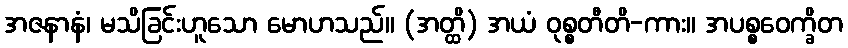
အဇနာနံ၊ မသိခြင်းဟူသော မောဟသည်။ (အတ္ထိ) အယံ ဝုစ္စတီတိ-ကား။ အပစ္စဝေက္ခိတ